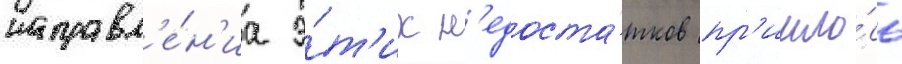
исправл'е́н'иа э́т'их н'едоста́тков пр'ишло́сь